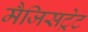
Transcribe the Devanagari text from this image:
मैजिसट्रेट